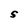
Character: S